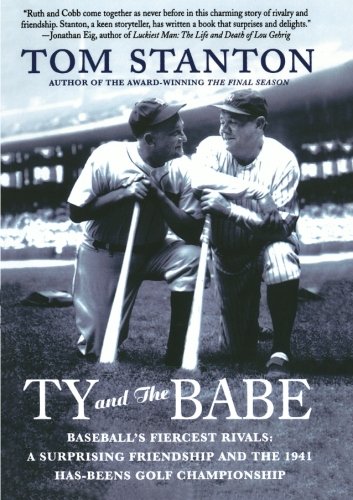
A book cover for Ty and The Babe: Baseball's Fiercest Rivals: A Surprising Friendship and the 1941 Has-Beens Golf Championship; Tom Stanton; Biographies & Memoirs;